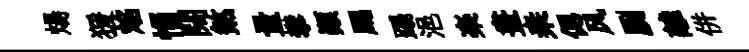
煬猨焰惱闊煞量攀顚颸蹋浥楽畫桒偲风劂離併